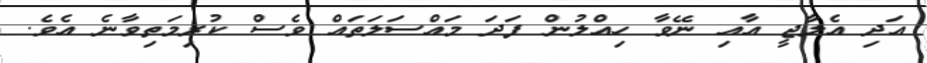
އަދި އެލާޖީ އާއި ނޭވާ ހިއްލުން ފަދަ މައްސަލަތައް ވެސް ކުރިމަތިވާނެ އެވެ.